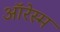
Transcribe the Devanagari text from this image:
ऑरेस्म